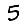
Digit: 5